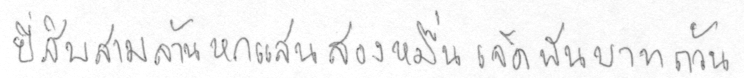
ยี่สิบสามล้านหกแสนสองหมื่นเจ็ดพันบาทถ้วน